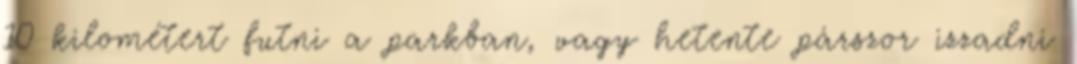
10 kilométert futni a parkban, vagy hetente párszor izzadni